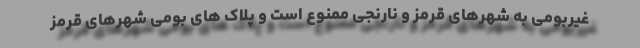
غیربومی به شهرهای قرمز و نارنجی ممنوع است و پلاک های بومی شهرهای قرمز